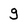
Character: g